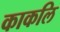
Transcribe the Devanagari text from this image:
काकलि